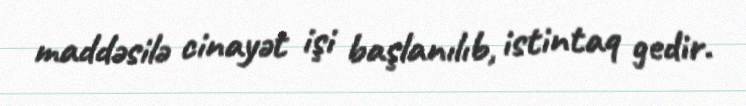
maddəsilə cinayət işi başlanılıb, istintaq gedir.